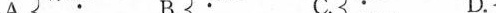
A. B. C. D.